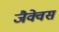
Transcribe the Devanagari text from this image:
जैक्वेस